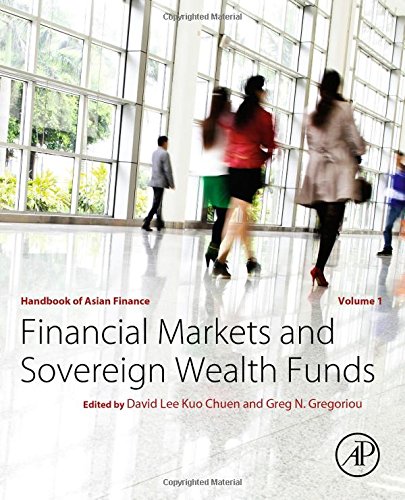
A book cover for Handbook of Asian Finance: Financial Markets and Sovereign Wealth Funds; Business & Money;